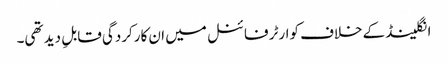
انگلینڈ کےخلاف کوارٹر فائنل میں ان کارکردگی قابلِ دید تھی۔